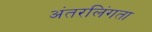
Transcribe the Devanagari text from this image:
अंतरलिंगता